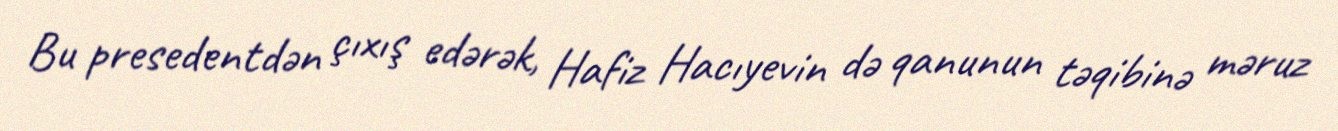
Bu presedentdən çıxış edərək, Hafiz Hacıyevin də qanunun təqibinə məruz